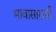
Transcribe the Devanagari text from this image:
भावासारखी